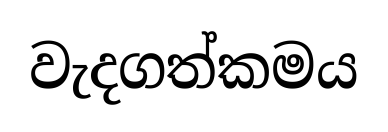
වැදගත්කමය